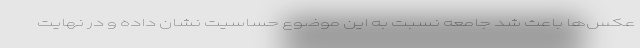
عکس‌ها باعث شد جامعه نسبت به این موضوع حساسیت نشان داده و در نهایت